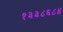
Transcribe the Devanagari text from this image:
१३३८६८४